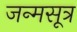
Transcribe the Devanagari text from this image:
जन्मसूत्र